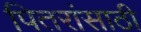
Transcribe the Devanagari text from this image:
पितरांसाठी